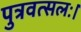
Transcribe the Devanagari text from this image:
पुत्रवत्सलः।